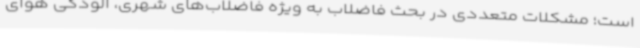
است؛ مشکلات متعددی در بحث فاضلاب به ویژه فاضلاب‌های شهری، آلودگی هوای